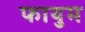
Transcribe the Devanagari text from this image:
फायुम